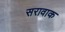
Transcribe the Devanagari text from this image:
सरावाक